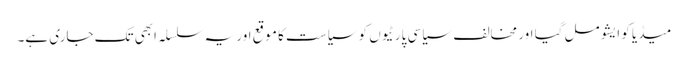
میڈیا کو ایشو مل گیا اور مخالف سیاسی پارٹیوں کو سیاست کا موقع اور یہ سلسلہ ابھی تک جاری ہے۔